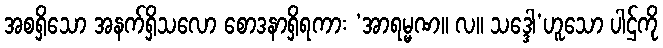
အစရှိသော အနက်ရှိသလော စောဒနာရှိရကား ‘အာရမ္မဏ။ လ။ သဒ္ဒေါ’ဟူသော ပါဌ်ကို